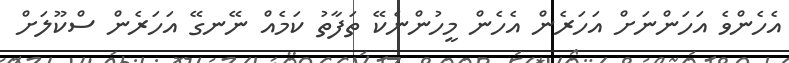
އެހެންވެ އަހަންނަށް އަހަރެން އެހެން މީހުންނެކޭ ތަފާތު ކަމެއް ނޭނގޭ އަހަރެން ސްކޫލަށް